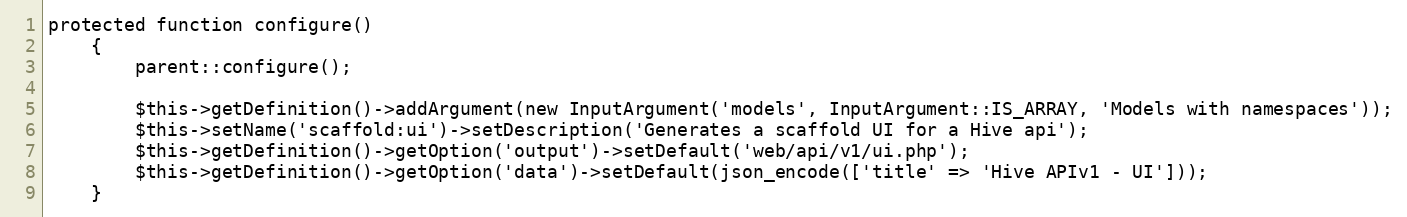
Language: PHP
protected function configure()
    {
        parent::configure();

        $this->getDefinition()->addArgument(new InputArgument('models', InputArgument::IS_ARRAY, 'Models with namespaces'));
        $this->setName('scaffold:ui')->setDescription('Generates a scaffold UI for a Hive api');
        $this->getDefinition()->getOption('output')->setDefault('web/api/v1/ui.php');
        $this->getDefinition()->getOption('data')->setDefault(json_encode(['title' => 'Hive APIv1 - UI']));
    }